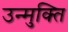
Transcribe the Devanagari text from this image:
उन्मुक्‍ति